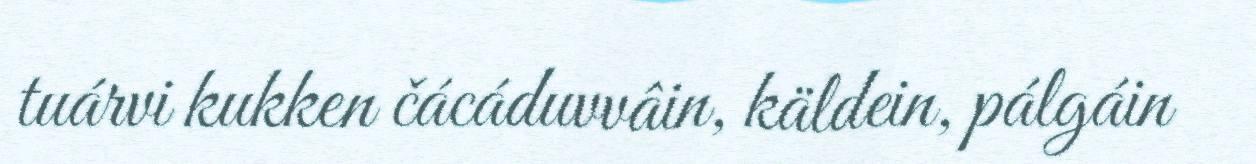
tuárvi kukken čácáduvvâin, käldein, pálgáin